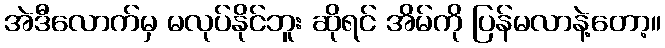
အဲဒီလောက်မှ မလုပ်နိုင်ဘူး ဆိုရင် အိမ်ကို ပြန်မလာနဲ့တော့။